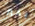
بخير